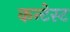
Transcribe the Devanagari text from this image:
कन्टेस्ट